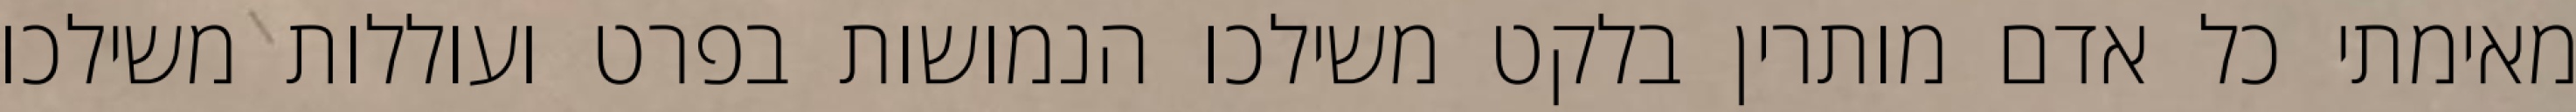
מאימתי כל אדם מותרין בלקט משילכו הנמושות בפרט ועוללות משילכו